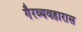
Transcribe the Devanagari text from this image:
गैरव्यवहारास